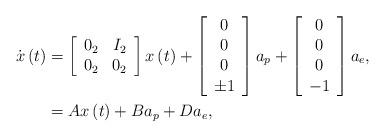
LaTeX: \begin{align*}\dot{x}\left(t\right) & =\left[\begin{array}{cc}0_{2} & I_{2}\\0_{2} & 0_{2}\end{array}\right]x\left(t\right)+\left[\begin{array}{c}0\\0\\0\\\pm1\end{array}\right]a_{p}+\left[\begin{array}{c}0\\0\\0\\-1\end{array}\right]a_{e},\\ & =Ax\left(t\right)+Ba_{p}+Da_{e}, \end{align*}